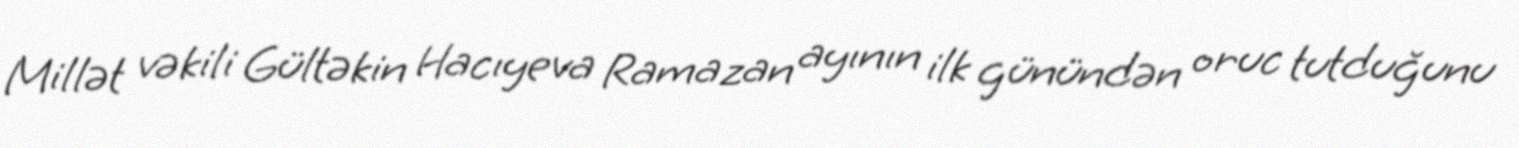
Millət vəkili Gültəkin Hacıyeva Ramazan ayının ilk günündən oruc tutduğunu